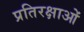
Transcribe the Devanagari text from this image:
प्रतिरक्षाओं